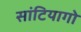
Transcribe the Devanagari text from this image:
सांटियागो